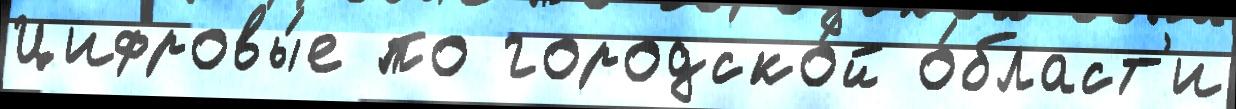
Цифровы́е по городско́й о́бласт'и